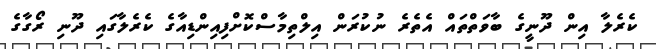
ކެރެލާ އިން ދޫނީގެ ބާވަތްތައް އެތެރެ ނުކުރަން އިލްތިމާސްކޮށްފިއިންޑިއާގެ ކެރެލާގައި ދޫނި ރޯގާގެ